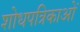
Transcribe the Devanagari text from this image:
शोधपत्रिकाओं